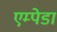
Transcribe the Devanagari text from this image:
एम्पेडा